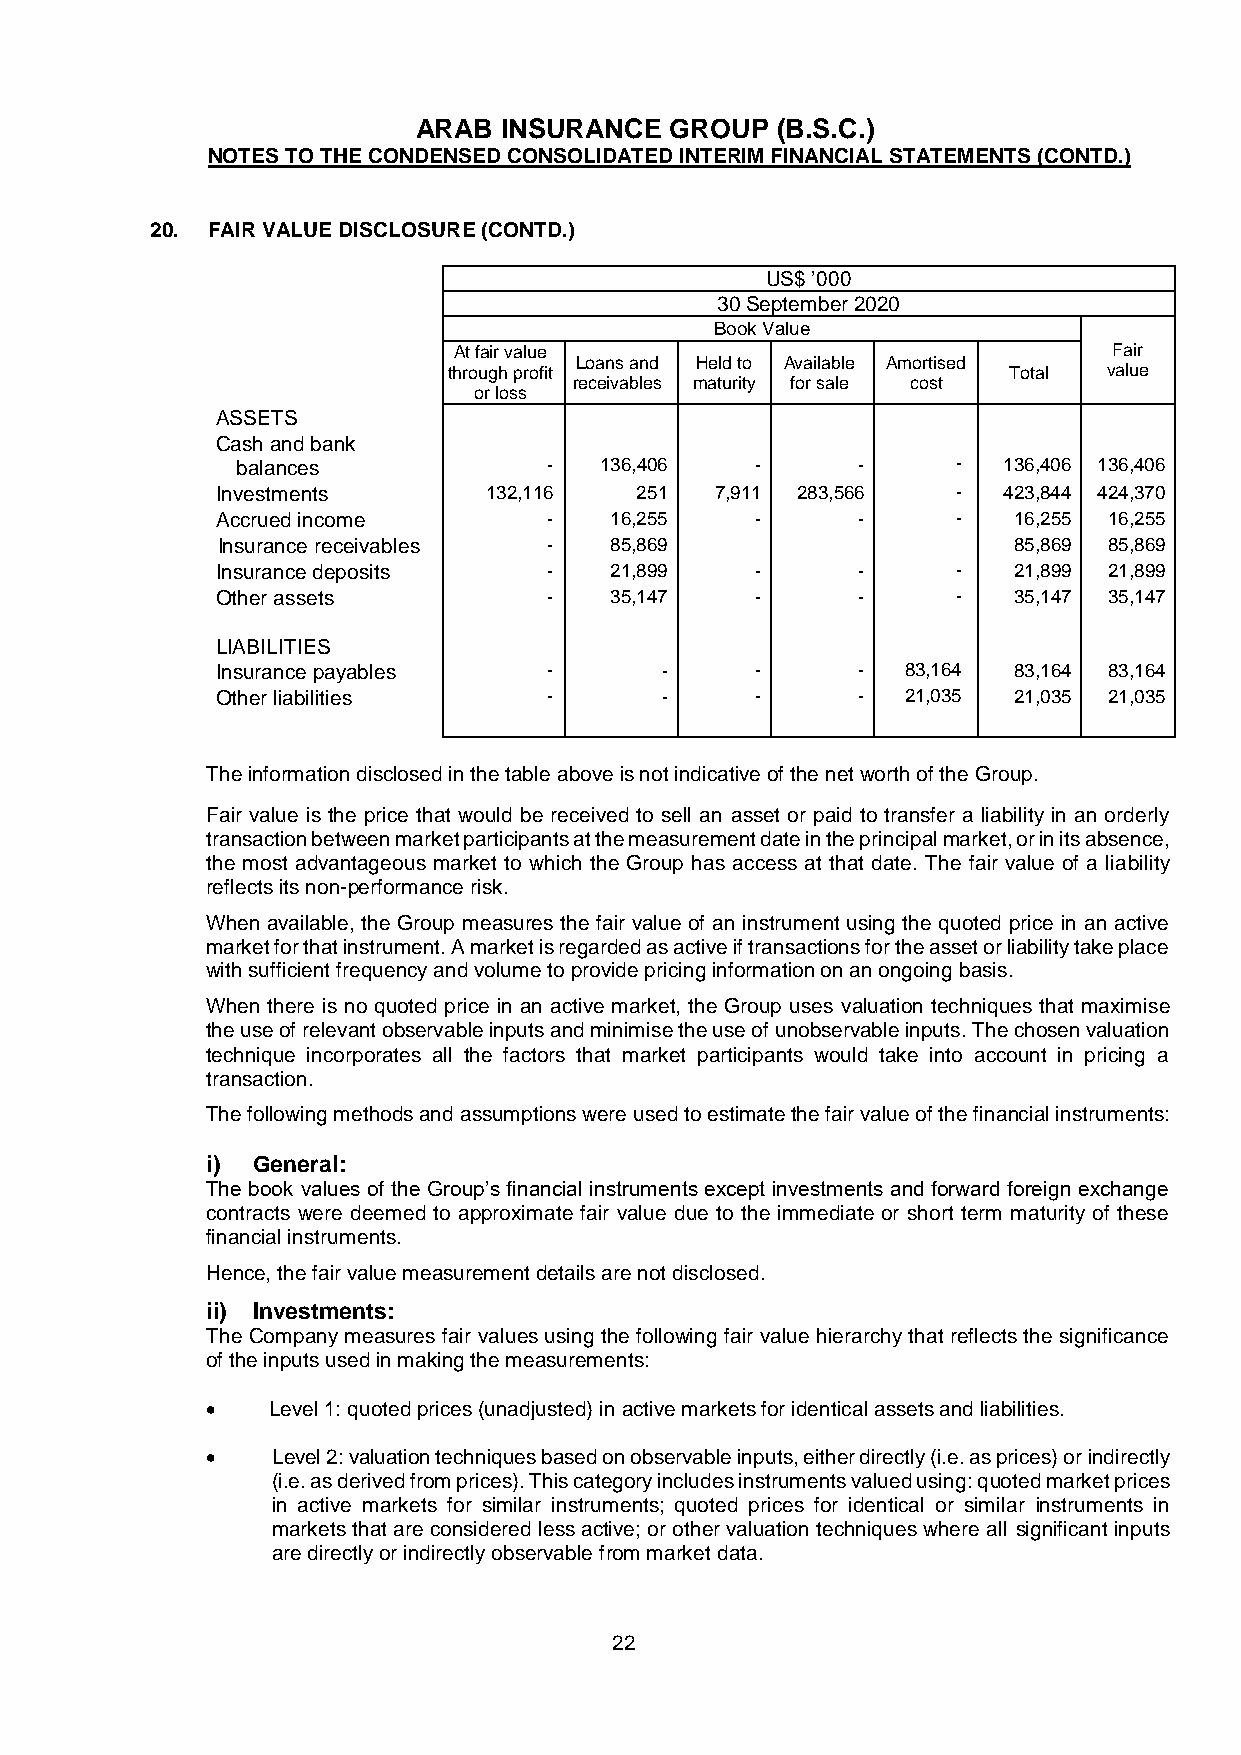
ARAB INSURANCE  GROUP  (B.S.C.)
 NOTES TO THE CONDENSED CONSOLIDATED INTERIM FINANCIAL STATEMENTS (CONTD.)
 20. FAIR VALUE DISCLOSURE (CONTD.)
 US$ ’000
 30 September 2020
 Book Value
 At fair value                               Fair
 Loans and Held to Available Amortised
 through profit                       Total value
 receivables maturity for sale cost
 or loss
 ASSETS
 Cash and bank
 balances            -   136,406   -      -     -  136,406 136,406
 Investments       132,116   251  7,911 283,566   -  423,844 424,370
 Accrued income        -   16,255    -      -     -   16,255 16,255
 Insurance receivables -   85,869                     85,869 85,869
 Insurance deposits    -   21,899    -      -     -   21,899 21,899
 Other assets          -   35,147    -      -     -   35,147 35,147
 LIABILITIES
 Insurance payables    -       -     -      -  83,164 83,164 83,164
 Other liabilities     -       -     -      -  21,035 21,035 21,035
 The information disclosed in the table above is not indicative of the net worth of the Group.
 Fair value is the price that would be received to sell an asset or paid to transfer a liability in an orderly
 transaction between market participants at the measurement date in the principal market, or in its absence,
 the most advantageous market to which the Group has access at that date. The fair value of a liability
 reflects its non-performance risk.
 When available, the Group measures the fair value of an instrument using the quoted price in an active
 market for that instrument. A market is regarded as active if transactions for the asset or liability take place
 with sufficient frequency and volume to provide pricing information on an ongoing basis.
 When there is no quoted price in an active market, the Group uses valuation techniques that maximise
 the use of relevant observable inputs and minimise the use of unobservable inputs. The chosen valuation
 technique incorporates all the factors that market participants would take into account in pricing a
 transaction.
 The following methods and assumptions were used to estimate the fair value of the financial instruments:
 i) General:
 The book values of the Group’s financial instruments except investments and forward foreign exchange
 contracts were deemed to approximate fair value due to the immediate or short term maturity of these
 financial instruments.
 Hence, the fair value measurement details are not disclosed.
 ii) Investments:
 The Company measures fair values using the following fair value hierarchy that reflects the significance
 of the inputs used in making the measurements:
 •   Level 1: quoted prices (unadjusted) in active markets for identical assets and liabilities.
 •   Level 2: valuation techniques based on observable inputs, either directly (i.e. as prices) or indirectly
 (i.e. as derived from prices). This category includes instruments valued using: quoted market prices
 in active markets for similar instruments; quoted prices for identical or similar instruments in
 markets that are considered less active; or other valuation techniques where all significant inputs
 are directly or indirectly observable from market data.
 22